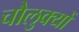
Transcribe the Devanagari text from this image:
चौलुक्यों